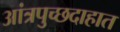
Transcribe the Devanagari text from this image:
आंत्रपुच्छदाहात